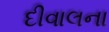
દીવાલના